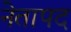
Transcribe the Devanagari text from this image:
नेतापद